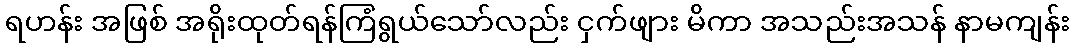
ရဟန်း အဖြစ် အရိုးထုတ်ရန်ကြံရွယ်သော်လည်း ငှက်ဖျား မိကာ အသည်းအသန် နာမကျန်း